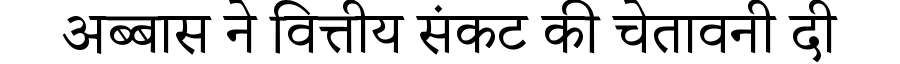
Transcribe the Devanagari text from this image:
अब्बास ने वित्तीय संकट की चेतावनी दी